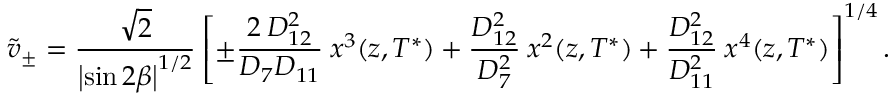
\tilde { v } _ { \pm } = \frac { \sqrt { 2 } } { \left| \sin 2 \beta \right| ^ { 1 / 2 } } \left[ \pm \frac { 2 \: D _ { 1 2 } ^ { 2 } } { D _ { 7 } D _ { 1 1 } } \: x ^ { 3 } ( z , T ^ { * } ) + \frac { D _ { 1 2 } ^ { 2 } } { D _ { 7 } ^ { 2 } } \: x ^ { 2 } ( z , T ^ { * } ) + \frac { D _ { 1 2 } ^ { 2 } } { D _ { 1 1 } ^ { 2 } } \: x ^ { 4 } ( z , T ^ { * } ) \right] ^ { 1 / 4 } .